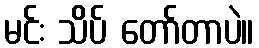
မင်း သိပ် တော်တာပဲ။